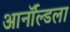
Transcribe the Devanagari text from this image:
आर्नॉल्डला